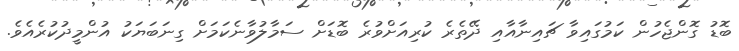
ބޮޑު ގޮންޖެހުން ކަމުގައިވާ ޗައިނާއާއި ދޭތެރެ ކުރިއަށްވުރެ ބޮޑަށް ސަމާލުވާނެކަމަށް ގިނަބަޔަކު އުންމީދުކުރެއެވެ.